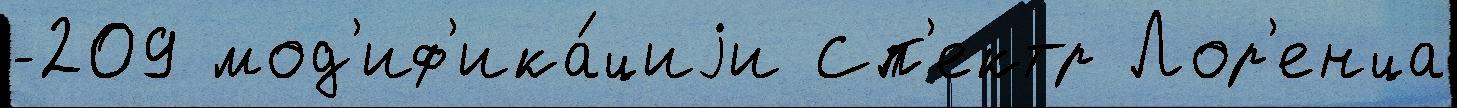
-209 мод'иф'ика́циjи Сп'ектр Лор'енца